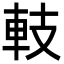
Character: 䡋